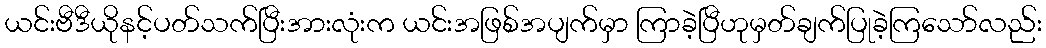
ယင်းဗီဒီယိုနင့်ပတ်သက်ပြီးအားလုံးက ယင်းအဖြစ်အပျက်မှာ ကြာခဲ့ပြီဟုမှတ်ချက်ပြုခဲ့ကြသော်လည်း